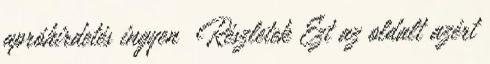
apróhirdetés ingyen Részletek Ezt az oldalt azért